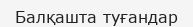
Балқашта туғандар